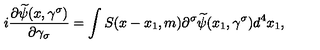
i \frac { \partial \widetilde { \psi } ( x , \gamma ^ { \sigma } ) } { \partial \gamma _ { \sigma } } = \int S ( x - x _ { 1 } , m ) \partial ^ { \sigma } \widetilde { \psi } ( x _ { 1 } , \gamma ^ { \sigma } ) d ^ { 4 } x _ { 1 } ,